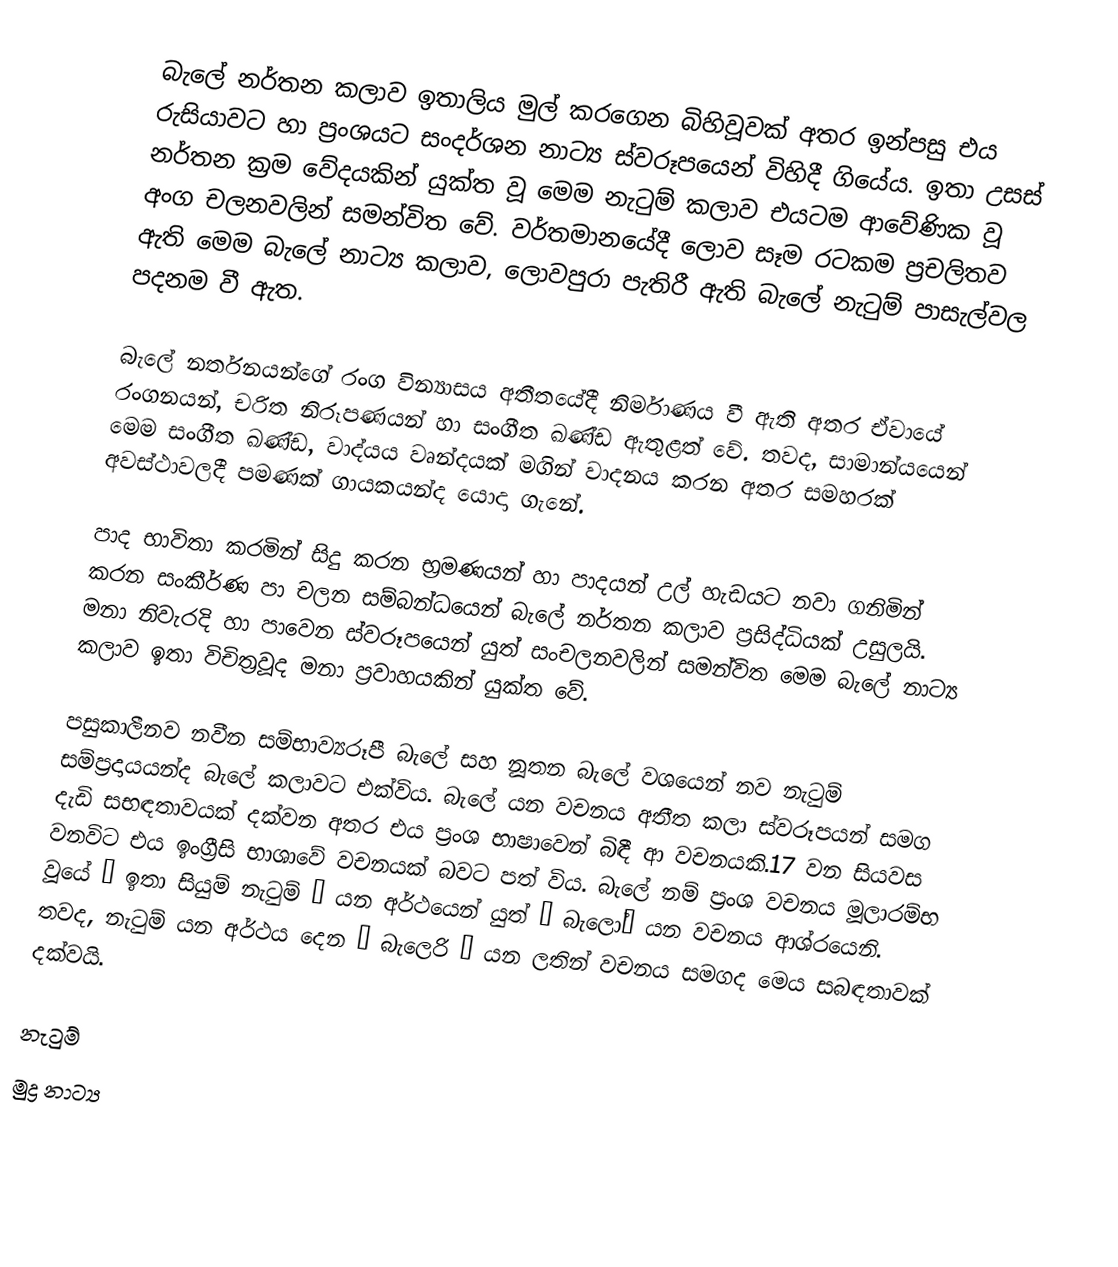
බැලේ නර්තන කලාව ඉතාලිය මුල් කරගෙන බිහිවූවක් අතර ඉන්පසු එය රුසියාවට හා ප්‍රංශයට සංදර්ශන නාට්‍ය ස්වරූපයෙන් විහිදී ගියේය. ඉතා උසස් නර්තන ක්‍රම වේදයකින් යුක්ත වූ මෙම නැටුම් කලාව එයටම ආවේණික වූ අංග චලනවලින් සමන්විත වේ. වර්තමානයේදී ලොව සෑම රටකම ප්‍රචලිතව ඇති මෙම බැලේ නාට්‍ය කලාව, ලොවපුරා පැතිරී ඇති බැලේ නැටුම් පාසැල්වල පදනම වී ඇත.

බැලේ නර්තනයන්ගේ රංග වින්‍යාසය අතීතයේදී නිර්මාණය වී ඇති අතර ඒවායේ රංගනයන්, චරිත නිරූපණයන් හා සංගීත ඛණ්ඩ ඇතුළත් වේ. තවද, සාමාන්යයෙන් මෙම සංගීත ඛණ්ඩ, වාද්යය වෘන්දයක් මගින් වාදනය කරන අතර සමහරක් අවස්ථාවලදී පමණක් ගායකයන්ද යොදා ගැනේ.

පාද භාවිතා කරමින් සිදු කරන භ්‍රමණයන් හා පාදයන් උල් හැඩයට නවා ගනිමින් කරන සංකීර්ණ පා චලන සම්බන්ධයෙන් බැලේ නර්තන කලාව ප්‍රසිද්ධියක් උසුලයි. මනා නිවැරදි හා පාවෙන ස්වරූපයෙන් යුත් සංචලනවලින් සමන්විත මෙම බැලේ නාට්‍ය කලාව ඉතා විචිත්‍රවූද මනා ප්‍රවාහයකින් යුක්ත වේ.

පසුකාලීනව නවීන සම්භාව්‍යරූපී බැලේ සහ නූතන බැලේ වශයෙන් නව නැටුම් සම්ප්‍රදායයන්ද බැලේ කලාවට එක්විය. බැලේ යන වචනය අතීත කලා ස්වරූපයන් සමග දැඩි සභඳතාවයක් දක්වන අතර එය ප්‍රංශ භාෂාවෙන් බිඳී ආ වචනයකි.17 වන සියවස වනවිට එය ඉංග්‍රීසි භාශාවේ වචනයක් බවට පත් විය. බැලේ නම් ප්‍රංශ වචනය මූලාරම්භ වූයේ “ ඉතා සියුම් නැටුම් ” යන අර්ථයෙන් යුත් “ බැලෝ” යන වචනය ආශ්රයෙනි. තවද, නැටුම් යන අර්ථය දෙන “ බැලෙරි ” යන ලතින් වචනය සමගද මෙය සබඳතාවක් දක්වයි.

නැටුම්
මුද්‍ර නාට්‍ය